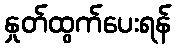
နှုတ်ထွက်ပေးရန်